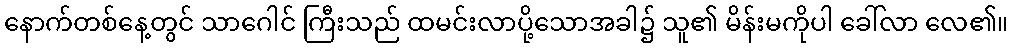
နောက်တစ်နေ့တွင် သာဂေါင် ကြီးသည် ထမင်းလာပို့သောအခါ၌ သူ၏ မိန်းမကိုပါ ခေါ်လာ လေ၏။